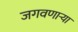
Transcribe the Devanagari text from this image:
जगवणार्‍या